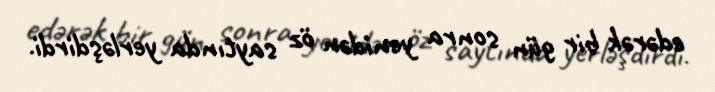
edərək bir gün sonra yenidən öz saytında yerləşdirdi.